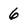
Character: 6